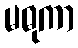
မဓုကာ